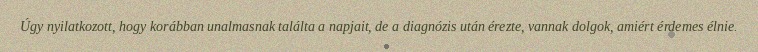
Úgy nyilatkozott, hogy korábban unalmasnak találta a napjait, de a diagnózis után érezte, vannak dolgok, amiért érdemes élnie.